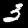
Digit: 3